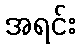
အရင်း